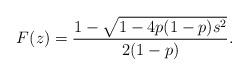
LaTeX: \begin{align*}F(z) = \frac{1-\sqrt{1-4p(1-p)s^2}}{2(1-p)}.\end{align*}